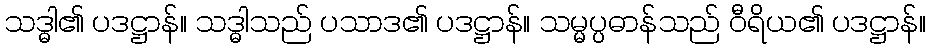
သဒ္ဓါ၏ ပဒဋ္ဌာန်။ သဒ္ဓါသည် ပသာဒ၏ ပဒဋ္ဌာန်။ သမ္မပ္ပဓာန်သည် ဝီရိယ၏ ပဒဋ္ဌာန်။